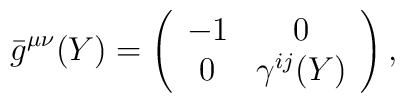
{}\bar{g}^{\mu \nu}(Y) = \left( \begin{array}{cc}		       -1 & 0 \\		       0 & \gamma^{ij}(Y) \end{array} \right),